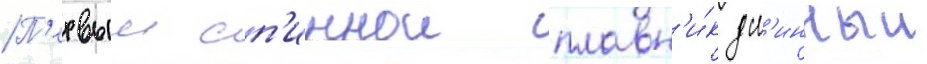
П'ервыи сп'иннои плавн'и́к дл'инныи